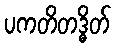
ပကတိတဒ္ဓိတ်